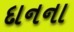
દાનના